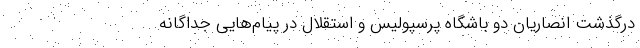
درگذشت انصاریان دو باشگاه پرسپولیس و استقلال در پیام‌هایی جداگانه